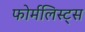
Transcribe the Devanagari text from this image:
फोर्मलिस्ट्स